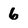
Character: 6